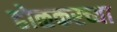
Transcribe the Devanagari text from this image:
होळकरच्या